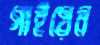
গাইয়েন